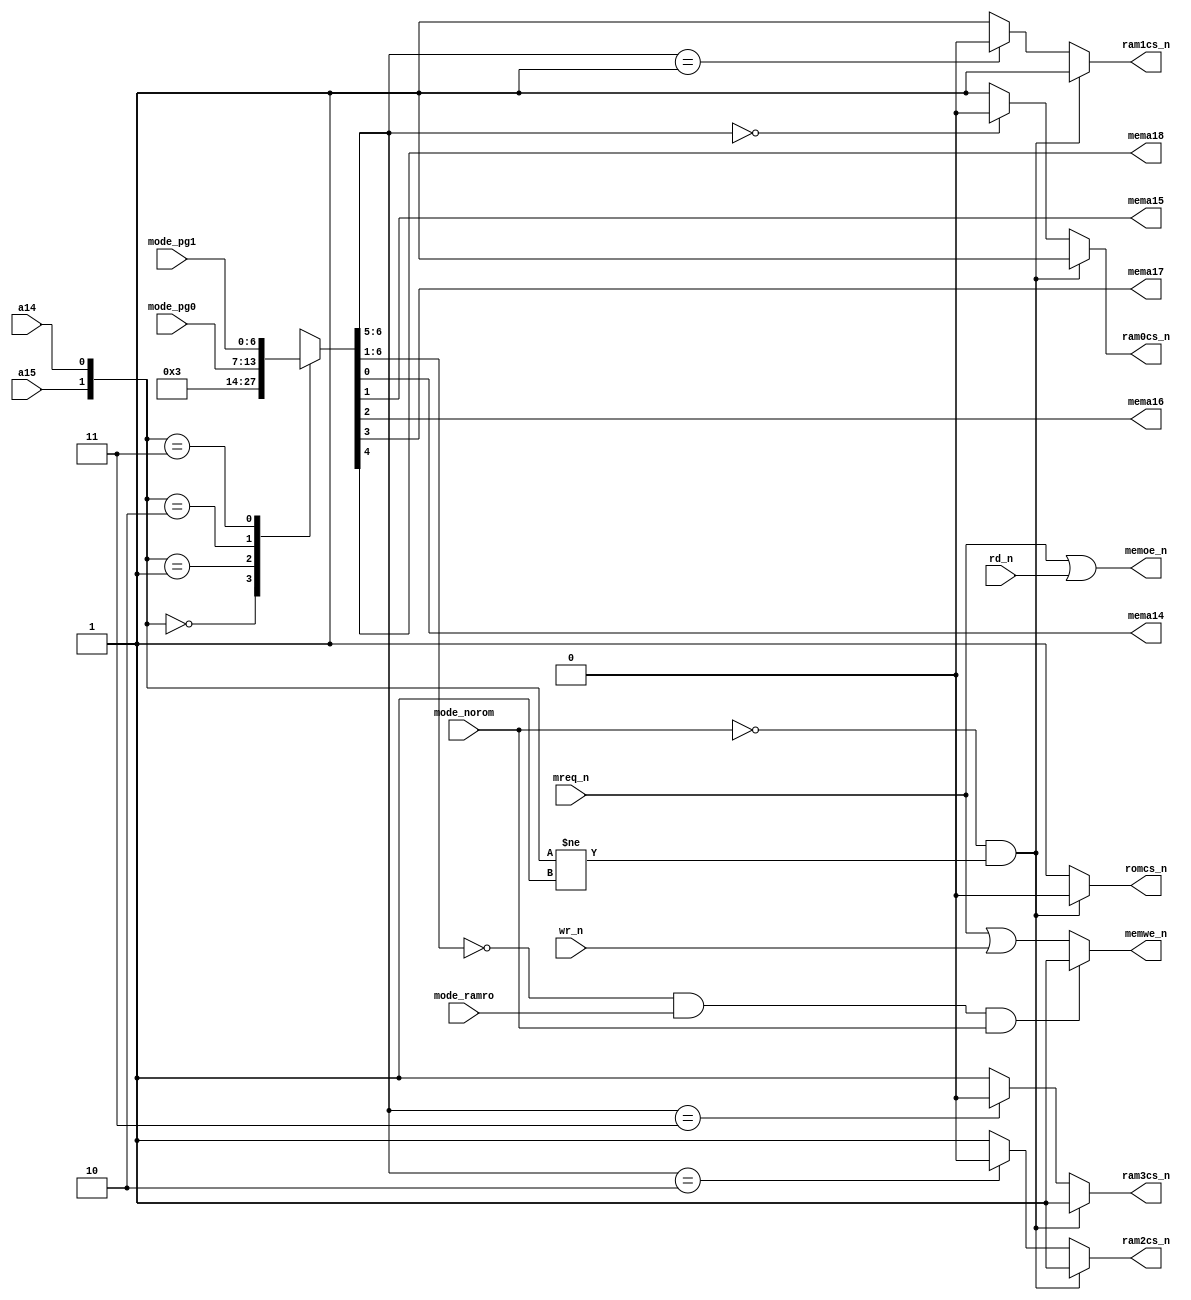
module memmap_1(
	a15,a14, 
	mreq_n, 
	rd_n,   
	wr_n,   
	mema14,mema15, 
	mema16,mema17, 
	mema18,        
	ram0cs_n, 
	ram1cs_n, 
	ram2cs_n, 
	ram3cs_n, 
	romcs_n, 
	memoe_n, 
	memwe_n, 
	mode_ramro, 
	mode_norom, 
	mode_pg0,   
	mode_pg1    
);
	input a15,a14;
	input mreq_n,rd_n,wr_n;
	output reg mema14,mema15,mema16,mema17,mema18;
	output reg ram0cs_n,ram1cs_n,ram2cs_n,ram3cs_n;
	output reg romcs_n;
	output reg memoe_n,memwe_n;
	input mode_ramro,mode_norom;
	input [6:0] mode_pg0,mode_pg1;
	reg [6:0] high_addr;
	always @*
	begin
        case( {a15,a14} )
			2'b00: 
				high_addr <= 7'b0000000;
			2'b01: 
				high_addr <= 7'b0000011;
			2'b10: 
				high_addr <= mode_pg0;
			2'b11: 
				high_addr <= mode_pg1;
        endcase
	end
	always @*
	begin
		{ mema18,mema17,mema16,mema15,mema14 } <= high_addr[4:0];
	end
	always @*
	begin
		if( (mode_norom==1'b0) && ( {a15,a14}!=2'b01 ) ) 
		begin
			romcs_n <= 1'b0;
			ram0cs_n <= 1'b1;
			ram1cs_n <= 1'b1;
			ram2cs_n <= 1'b1;
			ram3cs_n <= 1'b1;
		end
		else 
		begin
			romcs_n <= 1'b1;
			ram0cs_n <= ( high_addr[6:5]==2'b00 ) ? 1'b0 : 1'b1;
			ram1cs_n <= ( high_addr[6:5]==2'b01 ) ? 1'b0 : 1'b1;
			ram2cs_n <= ( high_addr[6:5]==2'b10 ) ? 1'b0 : 1'b1;
			ram3cs_n <= ( high_addr[6:5]==2'b11 ) ? 1'b0 : 1'b1;
		end
	end
	always @*
	begin
		memoe_n <= mreq_n | rd_n;
		if( (high_addr[6:1] == 6'd0) && (mode_ramro==1'b1) && (mode_norom==1'b1) ) 
			memwe_n <= 1'b1;
		else 
			memwe_n <= mreq_n | wr_n;
	end
endmodule